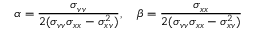
\alpha = \frac { \sigma _ { v v } } { 2 ( \sigma _ { v v } \sigma _ { x x } - \sigma _ { x v } ^ { 2 } ) } , \quad \beta = \frac { \sigma _ { x x } } { 2 ( \sigma _ { v v } \sigma _ { x x } - \sigma _ { x v } ^ { 2 } ) }